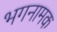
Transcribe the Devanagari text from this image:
भगनामक